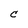
Character: C